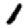
Digit: 1